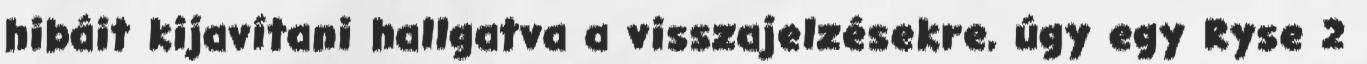
hibáit kijavítani hallgatva a visszajelzésekre, úgy egy Ryse 2